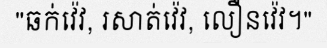
"ឆក់វ៉េវ, រសាត់វ៉េវ, លឿនវ៉េវ។"